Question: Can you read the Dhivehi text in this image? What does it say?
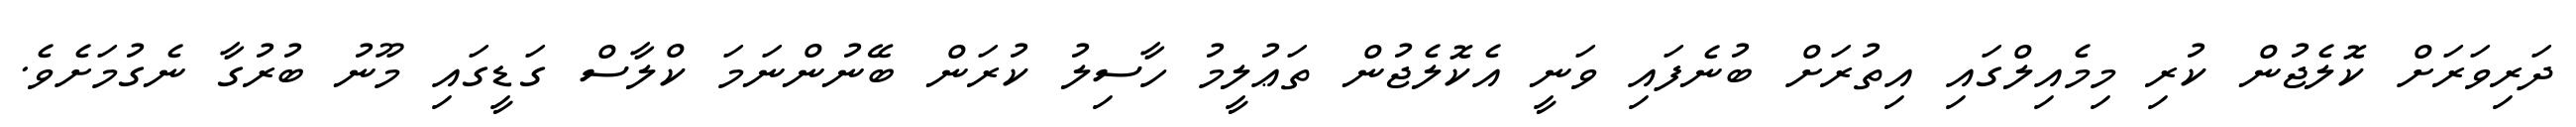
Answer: ދަރިވަރަށް ކޮލެޖުން ކުރި މިމެއިލްގައި އިތުރަށް ބުނެފައި ވަނީ އެކޮލެޖުން ތަޢުލީމު ހާސިލު ކުރަން ބޭނުންނަމަ ކްލާސް ގަޑީގައި މޫނު ބުރުގާ ނެގުމަށެވެ.